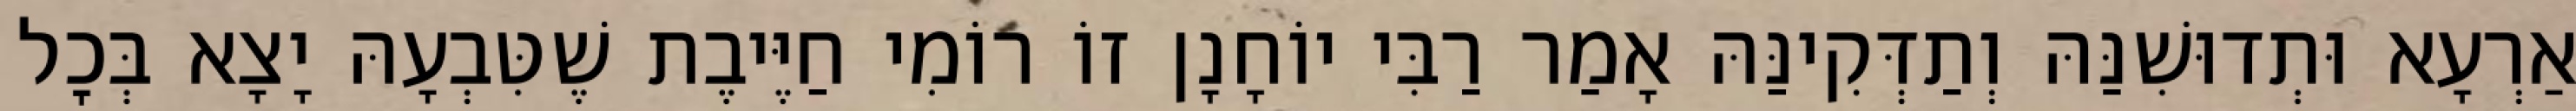
אַרְעָא וּתְדוּשִׁנַּהּ וְתַדְּקִינַּהּ אָמַר רַבִּי יוֹחָנָן זוֹ רוֹמִי חַיֶּיבֶת שֶׁטִּבְעָהּ יָצָא בְּכׇל